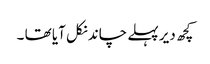
کچھ دیر پہلے چاند نکل آیا تھا ۔